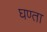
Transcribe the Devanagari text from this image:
घण्ता